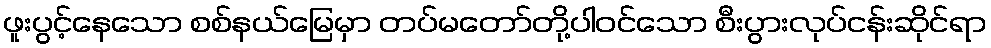
ဖူးပွင့်နေသော စစ်နယ်မြေမှာ တပ်မတော်တို့ပါဝင်သော စီးပွားလုပ်ငန်းဆိုင်ရာ